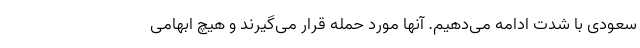
سعودی با شدت ادامه می‌دهیم. آنها مورد حمله قرار می‌گیرند و هیچ ابهامی